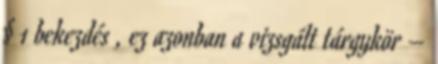
§ 1 bekezdés , ez azonban a vizsgált tárgykör –